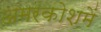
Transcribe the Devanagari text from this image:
अमरकोशमें